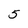
Character: 5